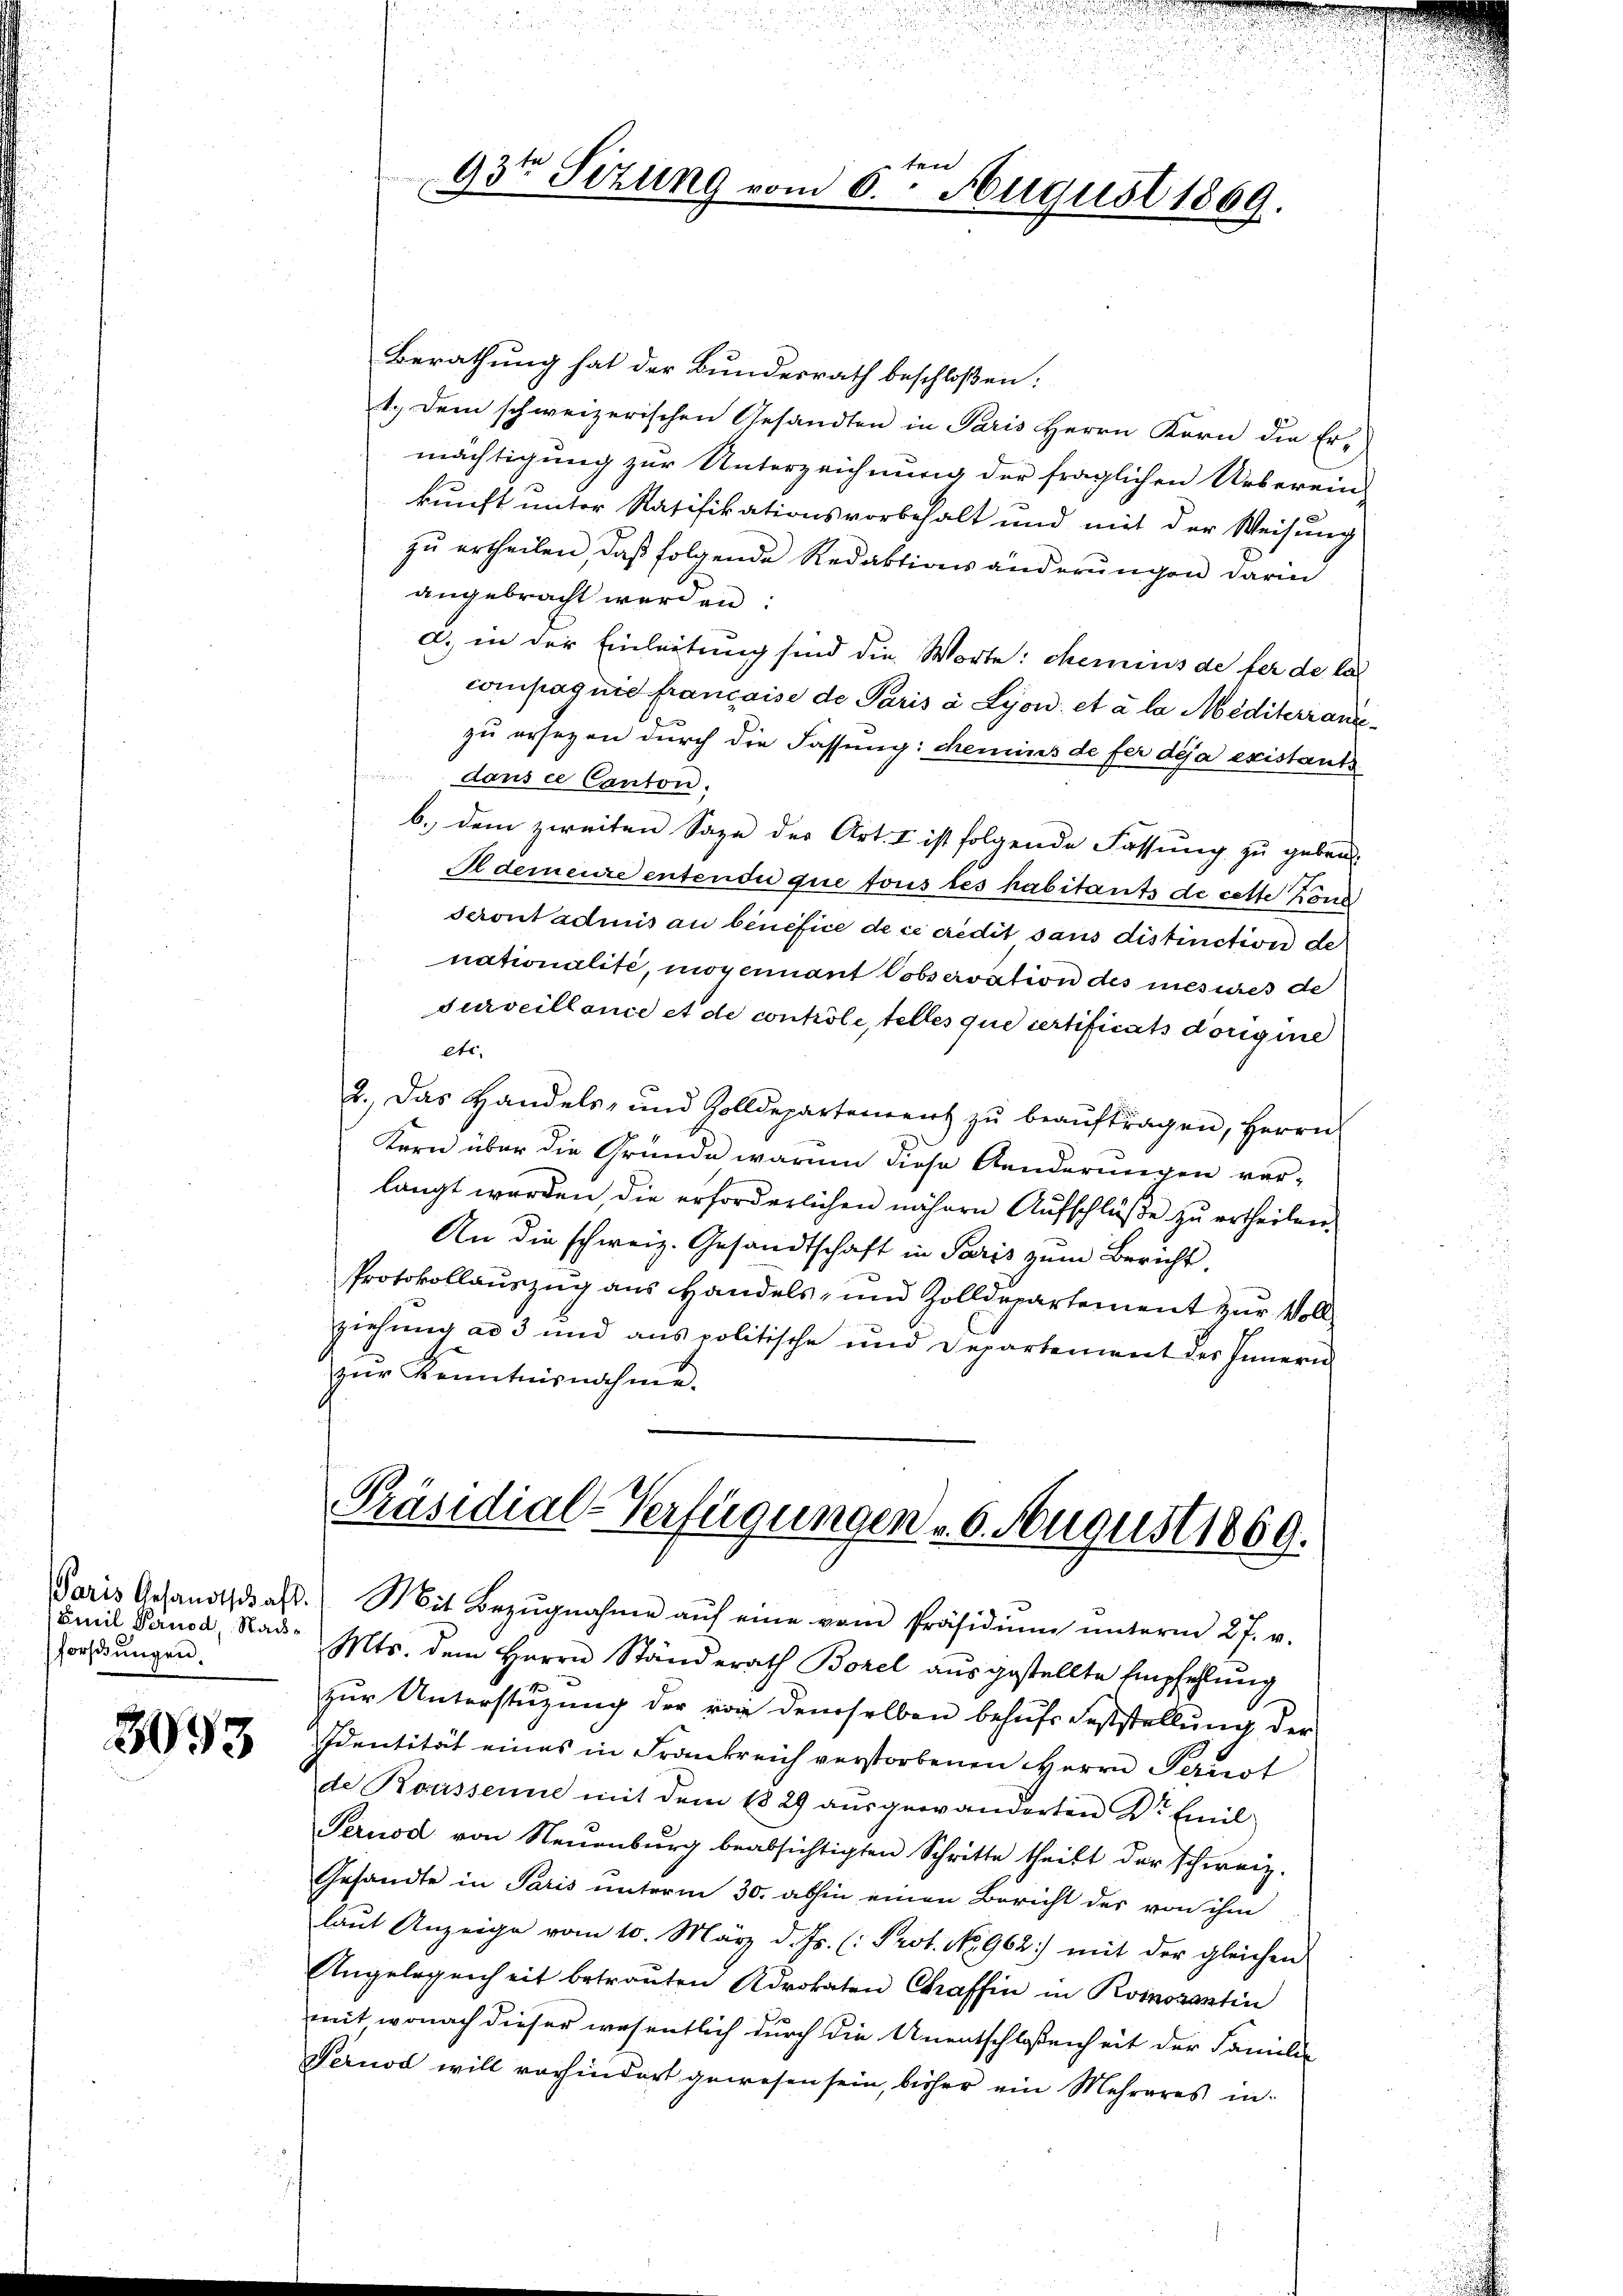
Emil Pernod, Nadforschungen.

3093

ten
93te Sitzung vom 6. August 1869.

Berathung hat der Bundesrath beschloßen:
t. Dem schweizerischen Gesandten in Paris Herrn Korn die Er-
mächtigung zur Unterzeichnung der fraglichen Ueberein-
kunft unter Ratifikationsvorbehalt und mit der Weisung
zu ertheilen, daß folgende Redaktionsänderungen darin
angebracht werden:
d. in der Einleitung sind die Worte: chemins de fer de la
compagnie francaise de Paris à Lyon, et à la Mediterrangezu ersezen durch die Fassung: Remins de fer deja existants
dans ce Canton.
b. dem zweiten Sage der Art. I ist folgende Fassung zu geben
Oldemeure entende que tous tes habitants de cette Kond
Seront admis au bénéfice de ce credit sans distinction de
nationalité, moyennant Cobservation des mesures de
surveillance et de controle, telles que certificats dorigine
ett,
2. Das Handels- und Zolldepartement zŭ beaŭftragen, Herrn
Kern über die Gründe warum diese Aenderungen verlangt werden, die erforderlichen nähern Aufschlüße zu ertheilen.
An die schweiz. Gesandtschaft in Paris zum Bericht,
Protokollauszug aus Handels- und Zolldepartement zur Vollziehung ad 3 und aus politische und Departement des Innern
zŭr Kenntnisnahme.

Präsidial-Verfügungen 6. August 1869.

Paris Gesandtschaft. Mit Bezŭgnahme aŭf eine vom Präsidiŭm ŭnterm 27. v.
Mts. dem Herrn Ständerath Borel aŭsgestellte Empfehlŭng
zur Unterstüzung der von demselben behufs Feststellung der
Identität eines in Frankreich verstorbenen HHerrn Perust
de Boussenne mit dem 1829 aŭsgewanderten Dr Emil
Pernod von Neuenburg beabsichtigten Schritte theilt der schweiz.
Gesandte in Paris unterm 30. abhin einen Bericht des von ihm
laut Anzeige vom 10. März d. Js. (: Prot. No. 962) mit der gleichen
Angelegenheit betranten Advokaten Chraffin in Romozantin
mit wonach dieser wesentlich durch die Unentschlossenheit der Familie
Pernod will vorhindert gewesen sein, bisher ein Mehreres in